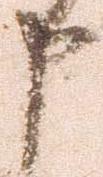
申